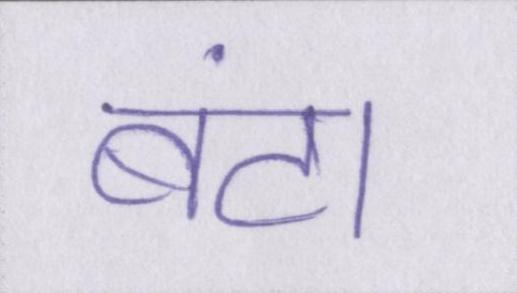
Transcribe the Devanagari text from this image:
बंटा